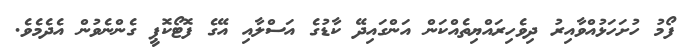
ފޯމު ހުށަހަޅުއްވާއިރު ދިވެހިރައްޔިތެއްކަން އަންގައިދޭ ކާޑުގެ އަސްލާއި އޭގެ ފޮޓޯކޮޕީ ގެންނެވުން އެދެމެވެ.